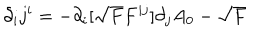
LaTeX: \partial _ { i } j ^ { i } = - \partial _ { i } [ \sqrt { F } F ^ { i j } ] \partial _ { j } A _ { 0 } - \sqrt { F }